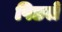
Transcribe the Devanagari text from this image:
पिछलें